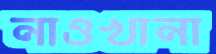
নাওখানা